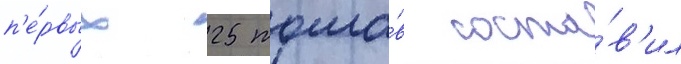
п'е́рвых 25 томо́в соста́в'ил